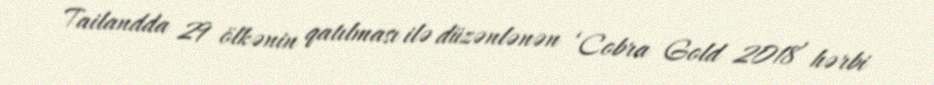
Tailandda 29 ölkənin qatılması ilə düzənlənən ‘Cobra Gold 2018’ hərbi